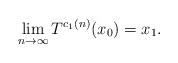
\begin{align*}\lim_{n \to \infty} T^{c_1(n)}(x_0) = x_1.\end{align*}